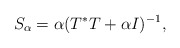
\begin{align*}S_\alpha = \alpha (T^* T + \alpha I)^{-1},\end{align*}